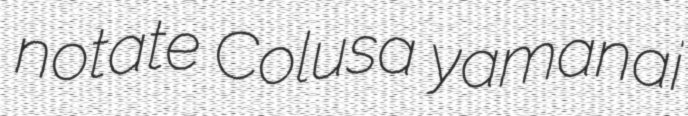
notate Colusa yamanai